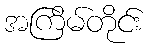
အကြိမ်တိုင်း